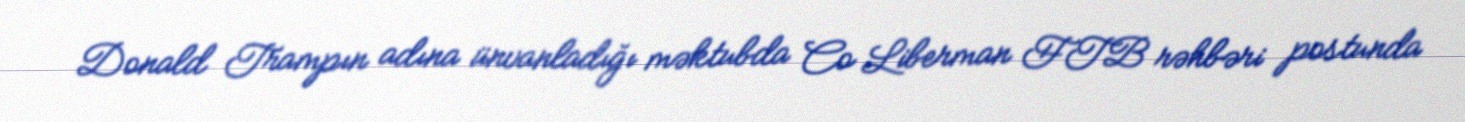
Donald Trampın adına ünvanladığı məktubda Co Liberman FTB rəhbəri postunda